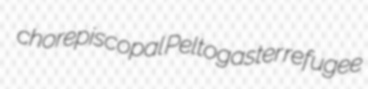
chorepiscopal Peltogaster refugee